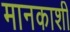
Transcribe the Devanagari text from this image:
मानकाशी